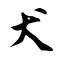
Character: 犬